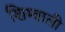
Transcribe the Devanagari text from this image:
शिम्वाली